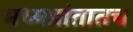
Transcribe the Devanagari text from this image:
मध्यप्रांतातच